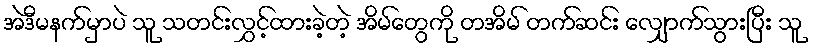
အဲဒီမနက်မှာပဲ သူ သတင်းလွှင့်ထားခဲ့တဲ့ အိမ်တွေကို တအိမ် တက်ဆင်း လျှောက်သွားပြီး သူ